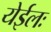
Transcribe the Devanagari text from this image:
येईलः